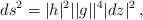
LaTeX: \begin{align*}ds^2 = |h|^2||g||^4|dz|^2\,, \end{align*}